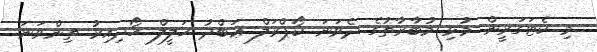
މި ކެޓަގަރީން މުޅި މުބާރާތުގެ ދެވަނަ ކޯޕްރަލް ޢަބްދު ޚަލީލް ހޯދިއިރު ތިންވަނަ